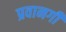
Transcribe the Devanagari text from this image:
प्रवानगी